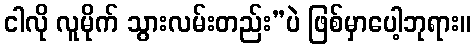
ငါလို လူမိုက် သွားလမ်းတည်း”ပဲ ဖြစ်မှာပေါ့ဘုရား။